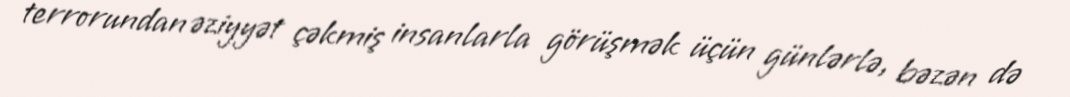
terrorundan əziyyət çəkmiş insanlarla görüşmək üçün günlərlə, bəzən də